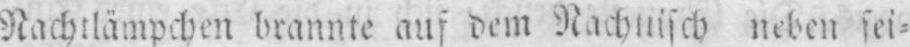
neben sei⸗